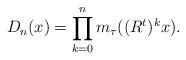
LaTeX: \begin{align*}D_n(x)=\prod_{k=0}^{n}m_\tau((R^{t})^{k}x).\end{align*}